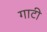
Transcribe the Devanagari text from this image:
गाटी